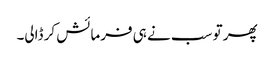
پھر تو سب نے ہی فرمائش کر ڈالی۔